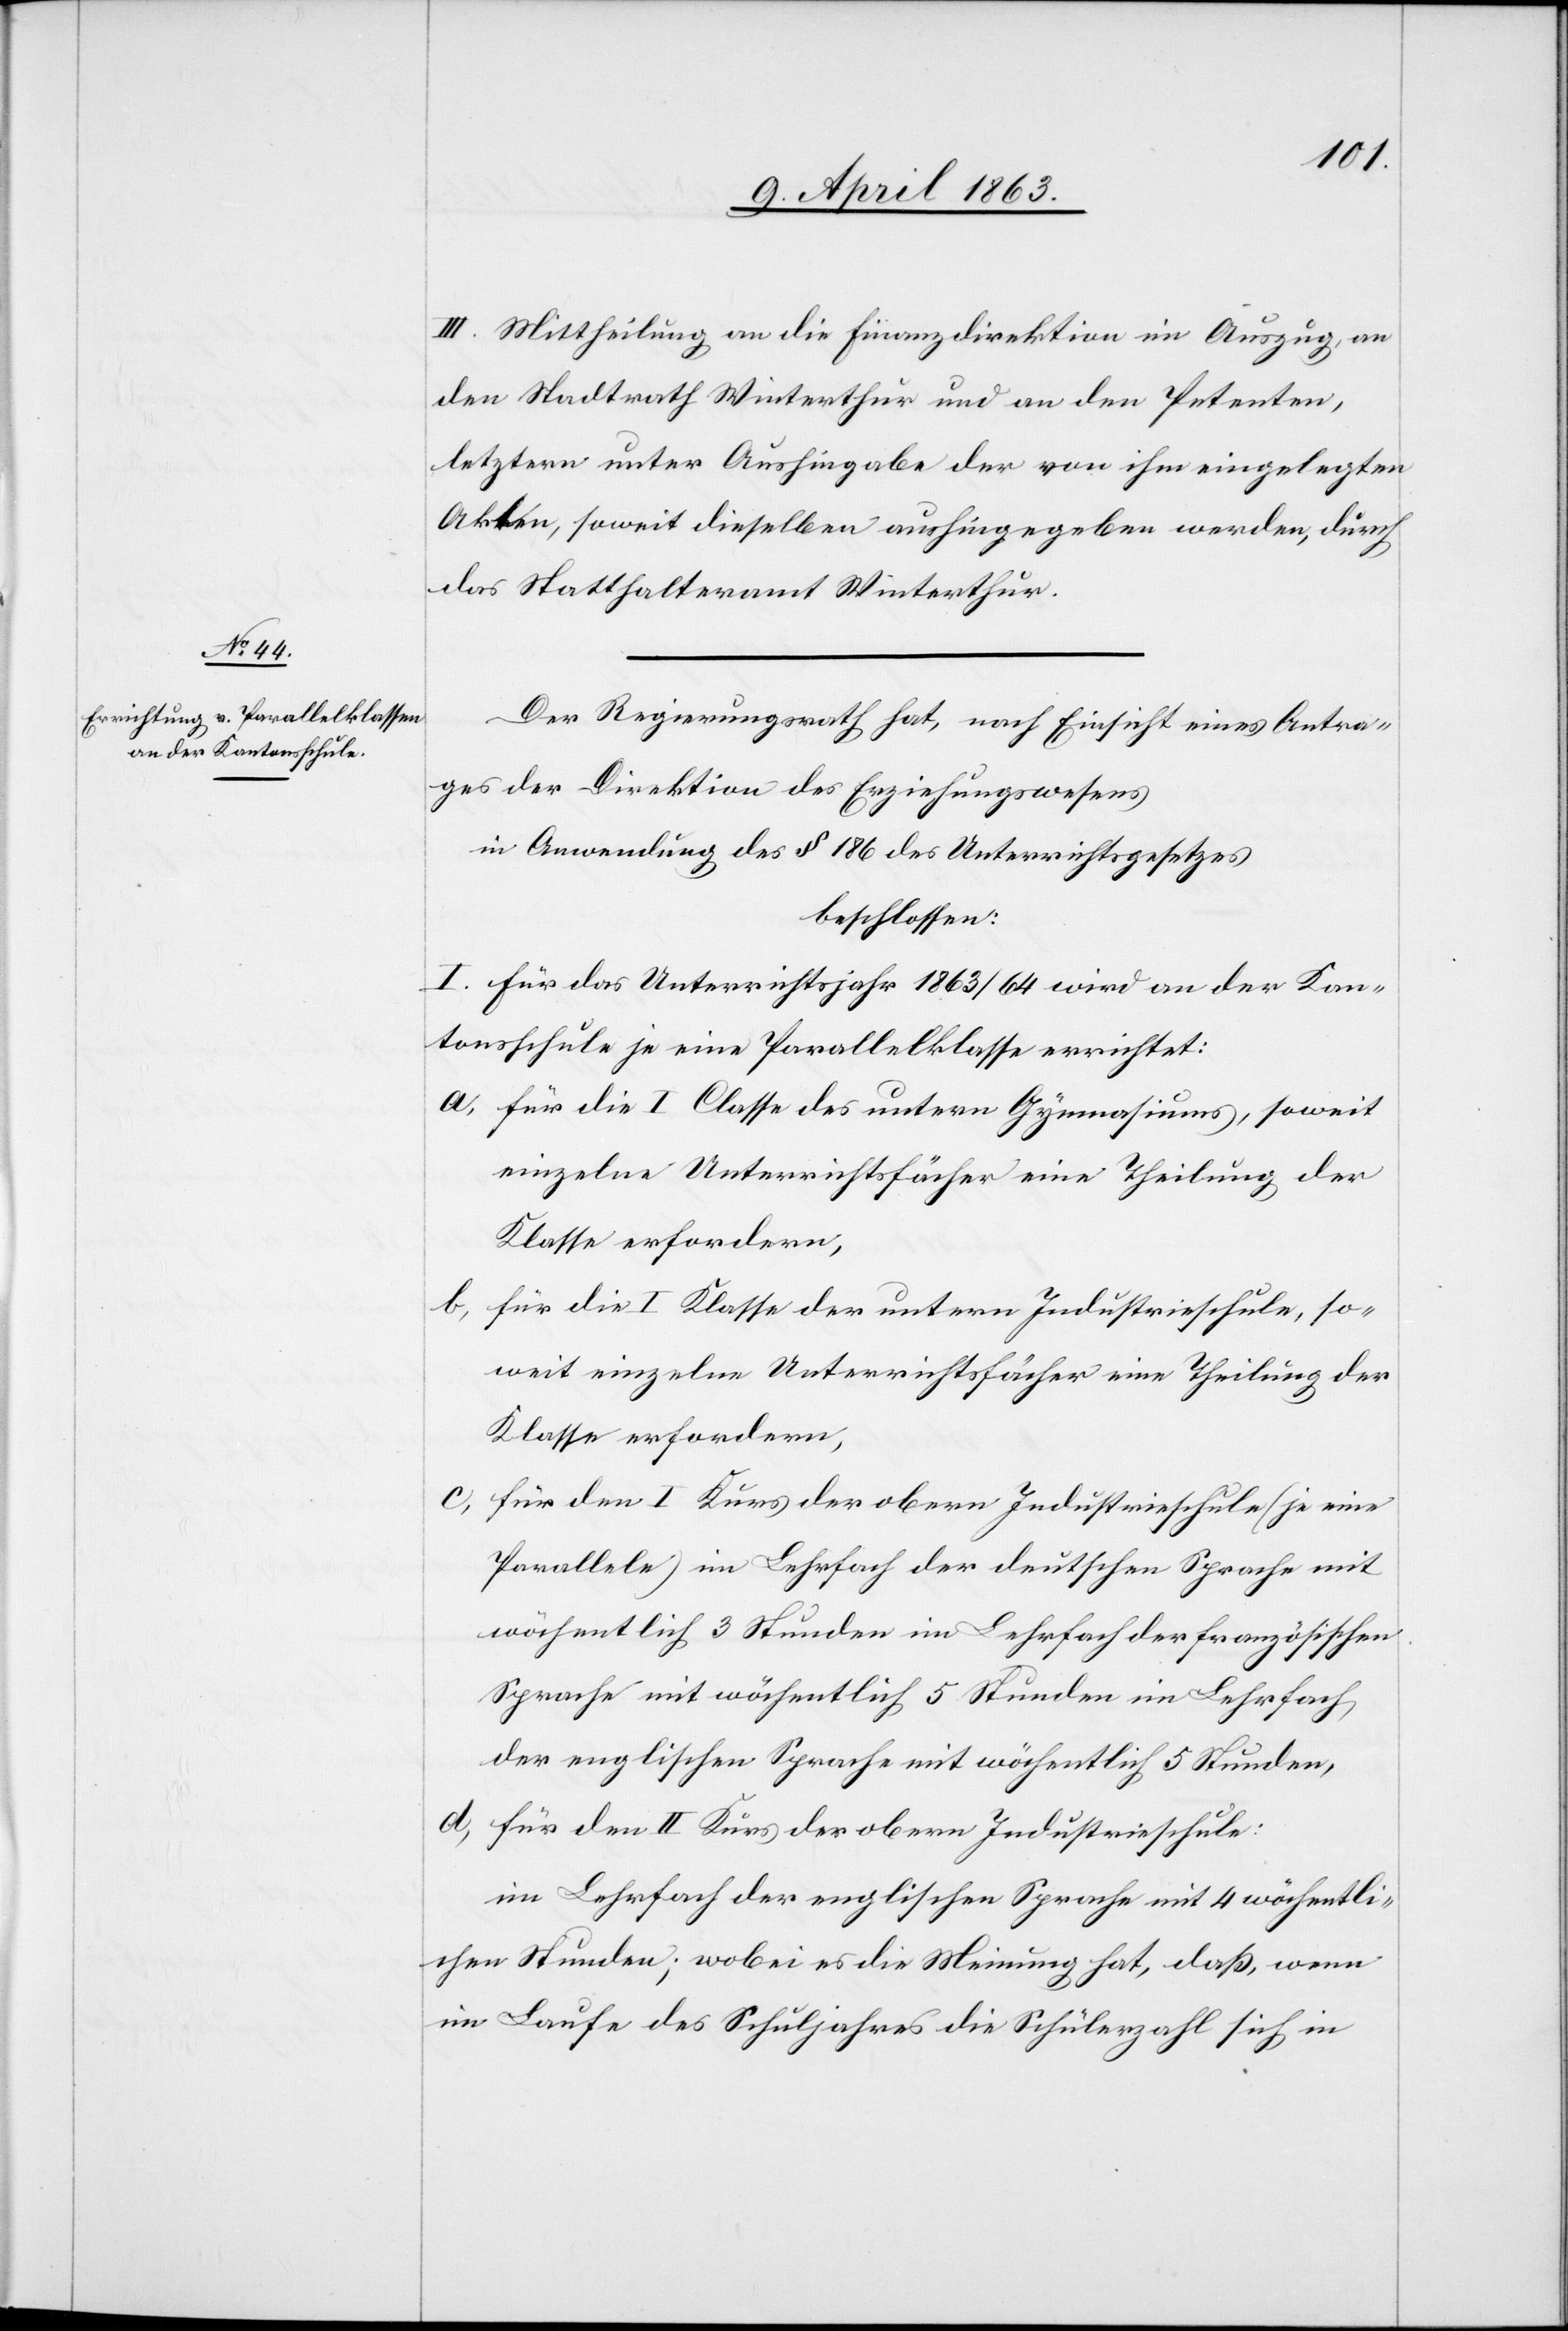
III. Mittheilung an die Finanzdirektion im Auszug, an
den Stadtrath Winterthur und an den Petenten,
letztern unter Aushingabe der von ihm eingelegten
Akten, soweit dieselben aushingegeben werden, durch
das Statthalteramt Winterthur.
Der Regierungsrath hat, nach Einsicht eines Antra¬
ges der Direktion des Erziehungswesens
in Anwendung des § 186 des Unterrichtsgesetzes
beschlossen
I. Für das Unterrichtsjahr 1863/64 wird an der Kan¬
tonsschule je eine Parallelklasse errichtet:
a) für die I Classe des untern Gymnasiums, soweit
einzelne Unterrichtsfächer eine Theilung der
Klasse erfordern,
b) für die I Klasse der untern Industrieschule, so¬
weit einzelne Unterrichtsfächer eine Theilung der
Klasse erfordern,
c) für den I Kurs der obern Industrieschule (je eine
Parallele) im Lehrfach der deutschen Sprache mit
wöchentlich 3 Stunden im Lehrfach der französischen
Sprache mit wöchentlich 5 Stunden im Lehrfach
der englischen Sprache mit wöchentlich 5 Stunden,
d) für den II Kurs der obern Industrieschule:
im Lehrfach der englischen Sprache mit 4 wöchentli¬
chen Stunden; wobei es die Meinung hat, daß, wenn
im Laufe des Schuljahres die Schülerzahl sich in